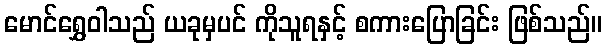
မောင်ရွှေဝါသည် ယခုမှပင် ကိုသူရနှင့် စကားပြောခြင်း ဖြစ်သည်။